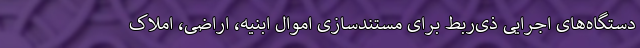
دستگاه‌های اجرایی ذی‌ربط برای مستندسازی اموال ابنیه، اراضی، املاک